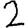
Digit: 2